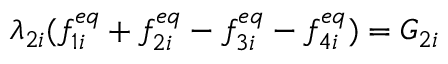
\lambda _ { 2 i } ( f _ { 1 i } ^ { e q } + f _ { 2 i } ^ { e q } - f _ { 3 i } ^ { e q } - f _ { 4 i } ^ { e q } ) = G _ { 2 i }